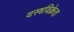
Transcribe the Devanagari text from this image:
वस्त्रविक्रेता